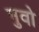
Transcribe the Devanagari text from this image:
नुवो